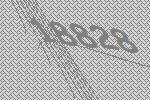
18828